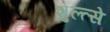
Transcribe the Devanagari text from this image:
शुल्त्से